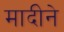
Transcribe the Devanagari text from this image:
मादीने